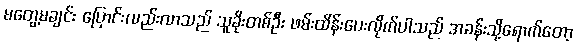
မတွေ့မချင်း ပြောင်းလည်းလာသည် သူခိုးတစ်ဦး ဖမ်းထိန်းပေးလိုက်ပါသည် အခန်းသို့ရောက်တော့